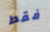
فقط